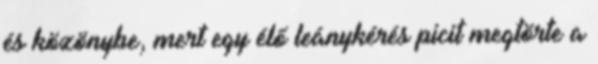
és közönybe, mert egy élő leánykérés picit megtörte a